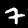
Label: 7